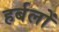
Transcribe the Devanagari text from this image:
हर्बलों